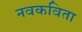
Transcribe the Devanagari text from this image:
नवकविता